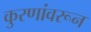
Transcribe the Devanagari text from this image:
कुरणांवरून